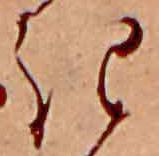
き